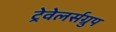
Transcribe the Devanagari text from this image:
ट्रेवेलर्सग्रुप